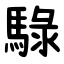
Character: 騄